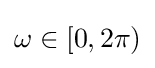
\omega \in \left[0,2\pi \right)